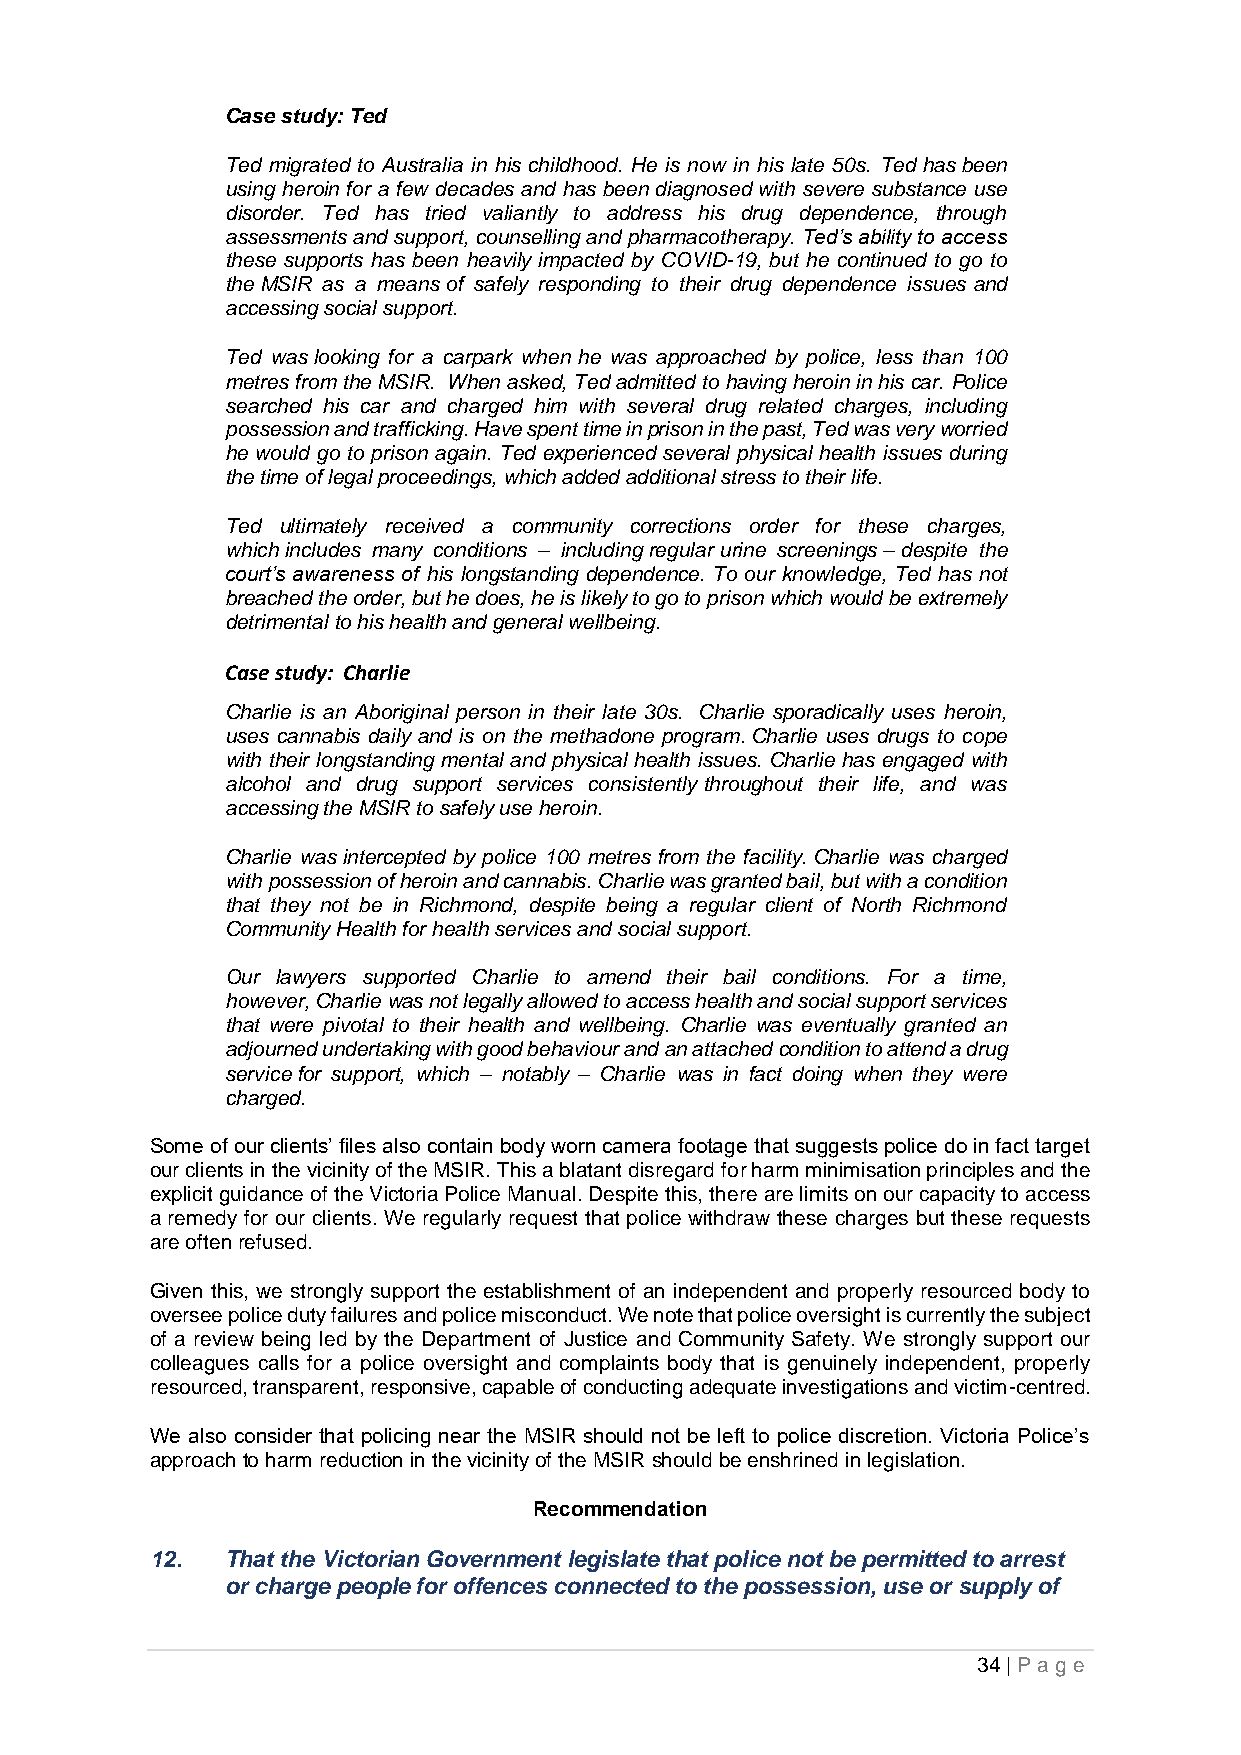
Case study: Ted
 Ted migrated to Australia in his childhood. He is now in his late 50s. Ted has been
 using heroin for a few decades and has been diagnosed with severe substance use
 disorder. Ted has tried valiantly to address his drug dependence, through
 assessments and support, counselling and pharmacotherapy. Ted’s ability to access
 these supports has been heavily impacted by COVID-19, but he continued to go to
 the MSIR as a means of safely responding to their drug dependence issues and
 accessing social support.
 Ted was looking for a carpark when he was approached by police, less than 100
 metres from the MSIR. When asked, Ted admitted to having heroin in his car. Police
 searched his car and charged him with several drug related charges, including
 possession and trafficking. Have spent time in prison in the past, Ted was very worried
 he would go to prison again. Ted experienced several physical health issues during
 the time of legal proceedings, which added additional stress to their life.
 Ted ultimately received a community corrections order for these charges,
 which includes many conditions – including regular urine screenings – despite the
 court’s awareness of his longstanding dependence. To our knowledge, Ted has not
 breached the order, but he does, he is likely to go to prison which would be extremely
 detrimental to his health and general wellbeing.
 Case study: Charlie
 Charlie is an Aboriginal person in their late 30s. Charlie sporadically uses heroin,
 uses cannabis daily and is on the methadone program. Charlie uses drugs to cope
 with their longstanding mental and physical health issues. Charlie has engaged with
 alcohol and drug support services consistently throughout their life, and was
 accessing the MSIR to safely use heroin.
 Charlie was intercepted by police 100 metres from the facility. Charlie was charged
 with possession of heroin and cannabis. Charlie was granted bail, but with a condition
 that they not be in Richmond, despite being a regular client of North Richmond
 Community Health for health services and social support.
 Our lawyers supported Charlie to amend their bail conditions. For a time,
 however, Charlie was not legally allowed to access health and social support services
 that were pivotal to their health and wellbeing. Charlie was eventually granted an
 adjourned undertaking with good behaviour and an attached condition to attend a drug
 service for support, which – notably – Charlie was in fact doing when they were
 charged.
 Some of our clients’ files also contain body worn camera footage that suggests police do in fact target
 our clients in the vicinity of the MSIR. This a blatant disregard for harm minimisation principles and the
 explicit guidance of the Victoria Police Manual. Despite this, there are limits on our capacity to access
 a remedy for our clients. We regularly request that police withdraw these charges but these requests
 are often refused.
 Given this, we strongly support the establishment of an independent and properly resourced body to
 oversee police duty failures and police misconduct. We note that police oversight is currently the subject
 of a review being led by the Department of Justice and Community Safety. We strongly support our
 colleagues calls for a police oversight and complaints body that is genuinely independent, properly
 resourced, transparent, responsive, capable of conducting adequate investigations and victim-centred.
 We also consider that policing near the MSIR should not be left to police discretion. Victoria Police’s
 approach to harm reduction in the vicinity of the MSIR should be enshrined in legislation.
 Recommendation
 12.  That the Victorian Government legislate that police not be permitted to arrest
 or charge people for offences connected to the possession, use or supply of
 34 | P age